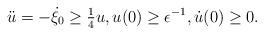
LaTeX: \begin{align*}\ddot{u}=-\dot{\xi_0}\geq \tfrac14 u,u(0)\geq \epsilon^{-1}, \dot{u}(0)\geq 0.\end{align*}